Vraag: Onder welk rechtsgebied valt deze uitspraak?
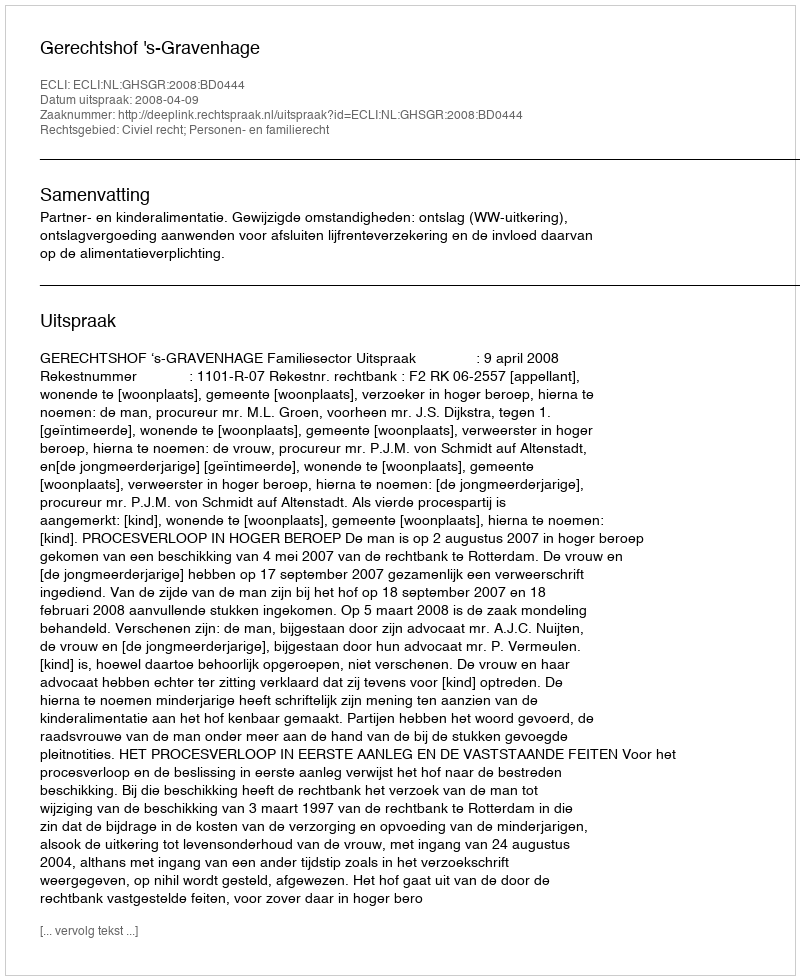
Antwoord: Civiel recht; Personen- en familierecht